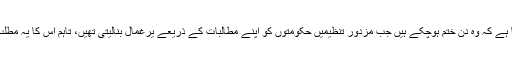
لندن کی برونل یونیورسٹی کے سیاسی ماہر پروفیسر جسٹن فشر کاکہنا ہے کہ وہ دن ختم ہوچکے ہیں جب مزدور تنظیمیں حکومتوں کو اپنے مطالبات کے ذریعے یرغمال بنالیتی تھیں، تاہم اس کا یہ مطلب بھی نہیں یہ کوئی خاص نقصان پہنچانے کی صلاحیت نہیں رکھتیں۔